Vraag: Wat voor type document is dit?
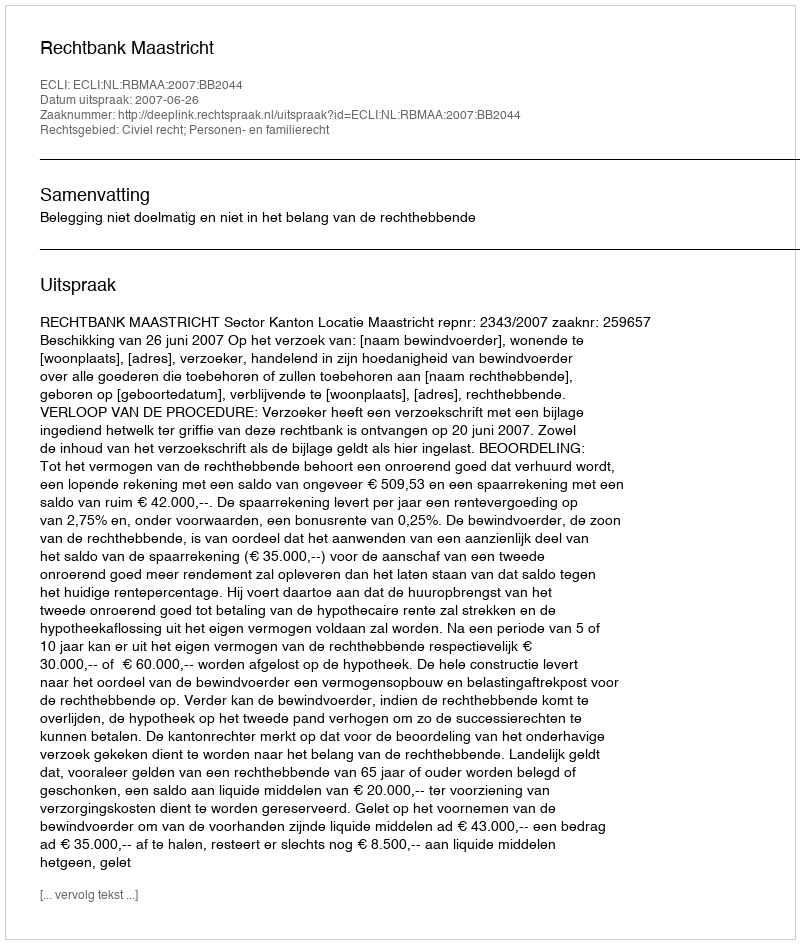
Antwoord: Uitspraak